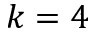
k = 4